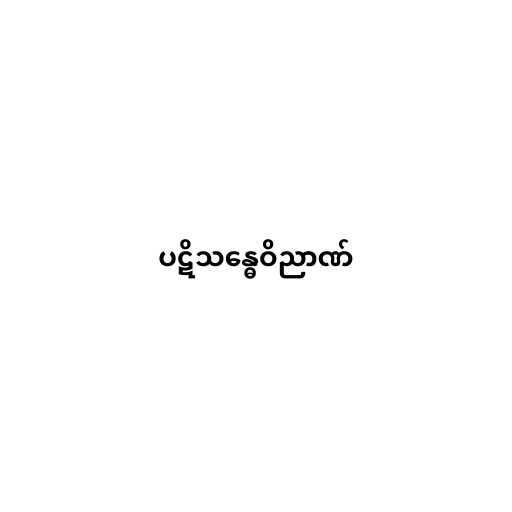
ပဋိသန္ဓေဝိညာဏ်